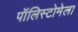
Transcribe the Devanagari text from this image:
पॉलिस्टोमेला